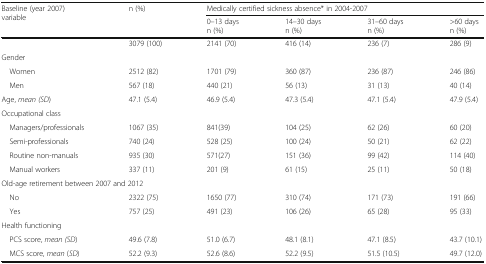
<table><thead><tr><td rowspan="2"><b>Baseline (year 2007) variable</b></td><td rowspan="2"><b>n (%)</b></td><td colspan="4"><b>Medically certified sickness absence* in 2004-2007</b></td></tr><tr><td><b>0–13 daysn (%)</b></td><td><b>14–30 daysn (%)</b></td><td><b>31–60 daysn (%)</b></td><td><b>&gt;60 daysn (%)</b></td></tr></thead><tbody><tr><td></td><td>3079 (100)</td><td>2141 (70)</td><td>416 (14)</td><td>236 (7)</td><td>286 (9)</td></tr><tr><td colspan="6">Gender</td></tr><tr><td> Women</td><td>2512 (82)</td><td>1701 (79)</td><td>360 (87)</td><td>236 (87)</td><td>246 (86)</td></tr><tr><td> Men</td><td>567 (18)</td><td>440 (21)</td><td>56 (13)</td><td>31 (13)</td><td>40 (14)</td></tr><tr><td>Age, <i>mean (SD</i>)</td><td>47.1 (5.4)</td><td>46.9 (5.4)</td><td>47.3 (5.4)</td><td>47.1 (5.4)</td><td>47.9 (5.4)</td></tr><tr><td colspan="6">Occupational class</td></tr><tr><td> Managers/professionals</td><td>1067 (35)</td><td>841(39)</td><td>104 (25)</td><td>62 (26)</td><td>60 (20)</td></tr><tr><td> Semi-professionals</td><td>740 (24)</td><td>528 (25)</td><td>100 (24)</td><td>50 (21)</td><td>62 (22)</td></tr><tr><td> Routine non-manuals</td><td>935 (30)</td><td>571(27)</td><td>151 (36)</td><td>99 (42)</td><td>114 (40)</td></tr><tr><td> Manual workers</td><td>337 (11)</td><td>201 (9)</td><td>61 (15)</td><td>25 (11)</td><td>50 (18)</td></tr><tr><td colspan="6">Old-age retirement between 2007 and 2012</td></tr><tr><td> No</td><td>2322 (75)</td><td>1650 (77)</td><td>310 (74)</td><td>171 (73)</td><td>191 (66)</td></tr><tr><td> Yes</td><td>757 (25)</td><td>491 (23)</td><td>106 (26)</td><td>65 (28)</td><td>95 (33)</td></tr><tr><td colspan="6">Health functioning</td></tr><tr><td> PCS score, <i>mean (SD</i>)</td><td>49.6 (7.8)</td><td>51.0 (6.7)</td><td>48.1 (8.1)</td><td>47.1 (8.5)</td><td>43.7 (10.1)</td></tr><tr><td> MCS score, <i>mean</i> (<i>SD</i>)</td><td>52.2 (9.3)</td><td>52.6 (8.6)</td><td>52.2 (9.5)</td><td>51.5 (10.5)</td><td>49.7 (12.0)</td></tr></tbody></table>